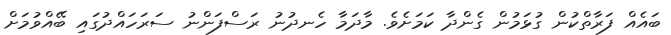
ބައެއް ފަރާތްކުން ގުޅަމުން ގެންދާ ކަމަށެވެ. މާދަމާ ހެނދުނު ރަސްފަންނު ސަރަހައްދުގައި ބޭއްވުމަށް